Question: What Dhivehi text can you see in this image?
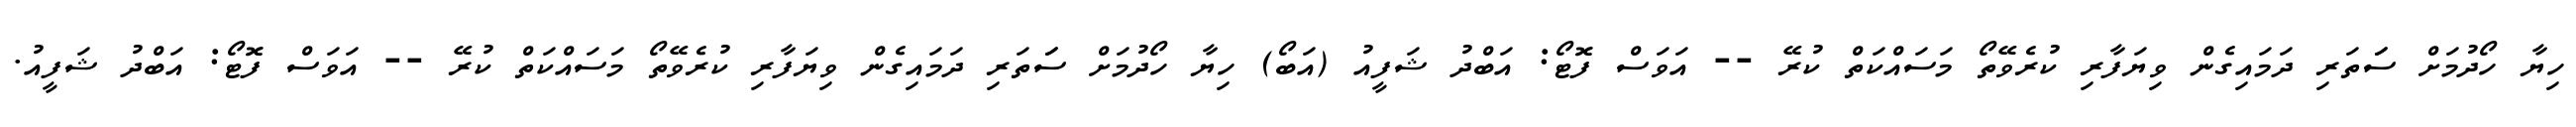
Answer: ހިޔާ ހޯދުމަށް ސަަތަރި ދަމައިގެން ވިޔަފާރި ކުރެވޭތޯ މަސައްކަތް ކުރޭ -- އަވަސް ފޮޓޯ: އަބްދު ޝަފީއު (އަބޯ) ހިޔާ ހޯދުމަށް ސަަތަރި ދަމައިގެން ވިޔަފާރި ކުރެވޭތޯ މަސައްކަތް ކުރޭ -- އަވަސް ފޮޓޯ: އަބްދު ޝަފީއު.